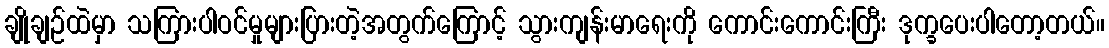
ချိုချဉ်ထဲမှာ သကြားပါဝင်မှုများပြားတဲ့အတွက်ကြောင့် သွားကျန်းမာရေးကို ကောင်းကောင်းကြီး ဒုက္ခပေးပါတော့တယ်။